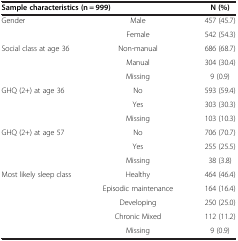
<table><thead><tr><td colspan="2"><b>Sample characteristics (n = 999)</b></td><td><b>N (%)</b></td></tr></thead><tbody><tr><td>Gender</td><td>Male</td><td>457 (45.7)</td></tr><tr><td> </td><td>Female</td><td>542 (54.3)</td></tr><tr><td>Social class at age 36</td><td>Non-manual</td><td>686 (68.7)</td></tr><tr><td> </td><td>Manual</td><td>304 (30.4)</td></tr><tr><td> </td><td>Missing</td><td>9 (0.9)</td></tr><tr><td>GHQ (2+) at age 36</td><td>No</td><td>593 (59.4)</td></tr><tr><td> </td><td>Yes</td><td>303 (30.3)</td></tr><tr><td> </td><td>Missing</td><td>103 (10.3)</td></tr><tr><td>GHQ (2+) at age 57</td><td>No</td><td>706 (70.7)</td></tr><tr><td> </td><td>Yes</td><td>255 (25.5)</td></tr><tr><td> </td><td>Missing</td><td>38 (3.8)</td></tr><tr><td>Most likely sleep class</td><td>Healthy</td><td>464 (46.4)</td></tr><tr><td> </td><td>Episodic maintenance</td><td>164 (16.4)</td></tr><tr><td> </td><td>Developing</td><td>250 (25.0)</td></tr><tr><td> </td><td>Chronic Mixed</td><td>112 (11.2)</td></tr><tr><td> </td><td>Missing</td><td>9 (0.9)</td></tr></tbody></table>